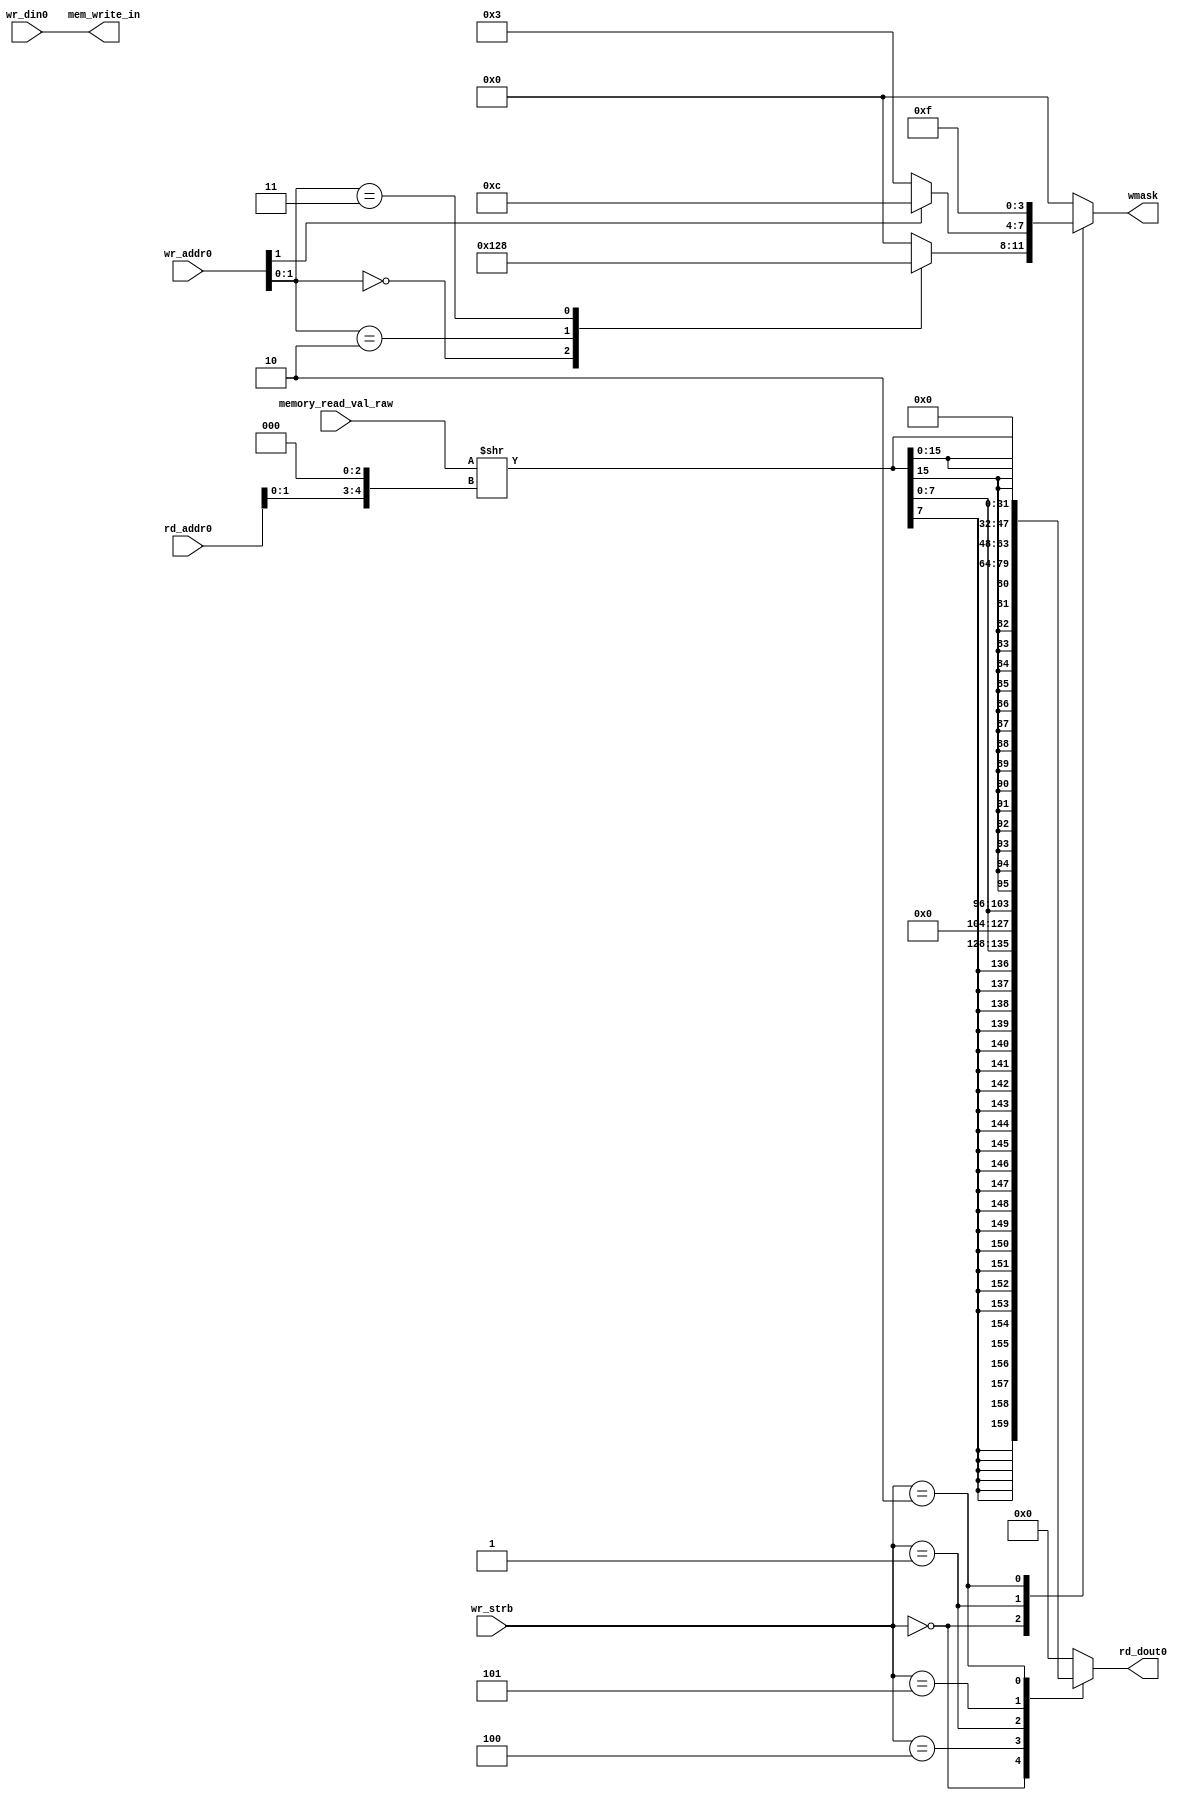
`timescale 1ns / 1ps
//////////////////////////////////////////////////////////////////////////////////
// Company: 
// Engineer: 
// 
// Design Name: 
// Module Name: DataMem
// Project Name: 
// Target Devices: 
// Tool Versions: 
// Description: 
// 
// Dependencies: 
// 
// Revision:
// Revision 0.01 - File Created
// Additional Comments:
// 
//////////////////////////////////////////////////////////////////////////////////


module DataMemWithoutMem #(parameter MEM_DEPTH=32,parameter MEMDATA = "")(
    input [31:0]rd_addr0,wr_addr0,
    input [31:0]wr_din0,
    input [2:0]wr_strb,
    input [31:0]memory_read_val_raw,
    output [31:0]rd_dout0,
    output [31:0]mem_write_in,
    output reg [3:0]wmask
    );
    wire [31:0]memory_read_val_shifted;
    reg  [31:0]mem_read_out;
    wire [1:0]byte_index_r,byte_index_w;
    wire [4:0]shamt_r;
    wire [31:0] sh_data_raw,sb_data_raw;
    reg [3:0]byte_mask,hw_mask;
    
    assign byte_index_r = rd_addr0[1:0];
    assign byte_index_w = wr_addr0[1:0];
    assign shamt_r = (byte_index_r << 3);
    assign memory_read_val_shifted = memory_read_val_raw >> shamt_r;
    
    always @(*) begin
        case(wr_strb)
            3'b000: mem_read_out = {{24{memory_read_val_shifted[7]}},memory_read_val_shifted[7:0]};
            3'b100: mem_read_out = {24'd0,memory_read_val_shifted[7:0]};
            3'b001: mem_read_out = {{16{memory_read_val_shifted[15]}},memory_read_val_shifted[15:0]};
            3'b101: mem_read_out = {16'd0,memory_read_val_shifted[15:0]};
            3'b010: mem_read_out = memory_read_val_shifted;
            default: mem_read_out = 0;
        endcase
    end
   
    assign sb_data_raw = { 4{wr_din0[7:0]} };
    assign sh_data_raw = { 2{wr_din0[15:0]} };
    
    always @(*) begin
        case(byte_index_w)
            2'b00: byte_mask = 4'b0001;
            2'b10: byte_mask = 4'b0010;
            2'b10: byte_mask = 4'b0100;
            2'b11: byte_mask = 4'b1000;
            default:byte_mask = 4'h0;
        endcase
    end
    
    always@(*)begin
        if (byte_index_w[1])
            hw_mask = 4'b11_00;
        else
            hw_mask = 4'b00_11;
    end
    
    always@(*)begin
        case(wr_strb)
            3'b000: wmask = byte_mask;
            3'b001: wmask = hw_mask;
            3'b010: wmask = 4'hf;
            default wmask = 0;
        endcase
    end
    
    assign mem_write_in = wr_din0;
    assign rd_dout0 = mem_read_out;
endmodule